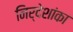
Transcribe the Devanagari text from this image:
निर्देशांका